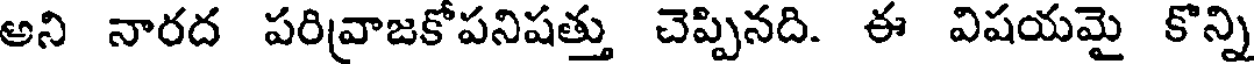
అని నారద పరివ్రాజకోపనిషత్తు చెప్పినది. ఈ విషయమై కొన్ని